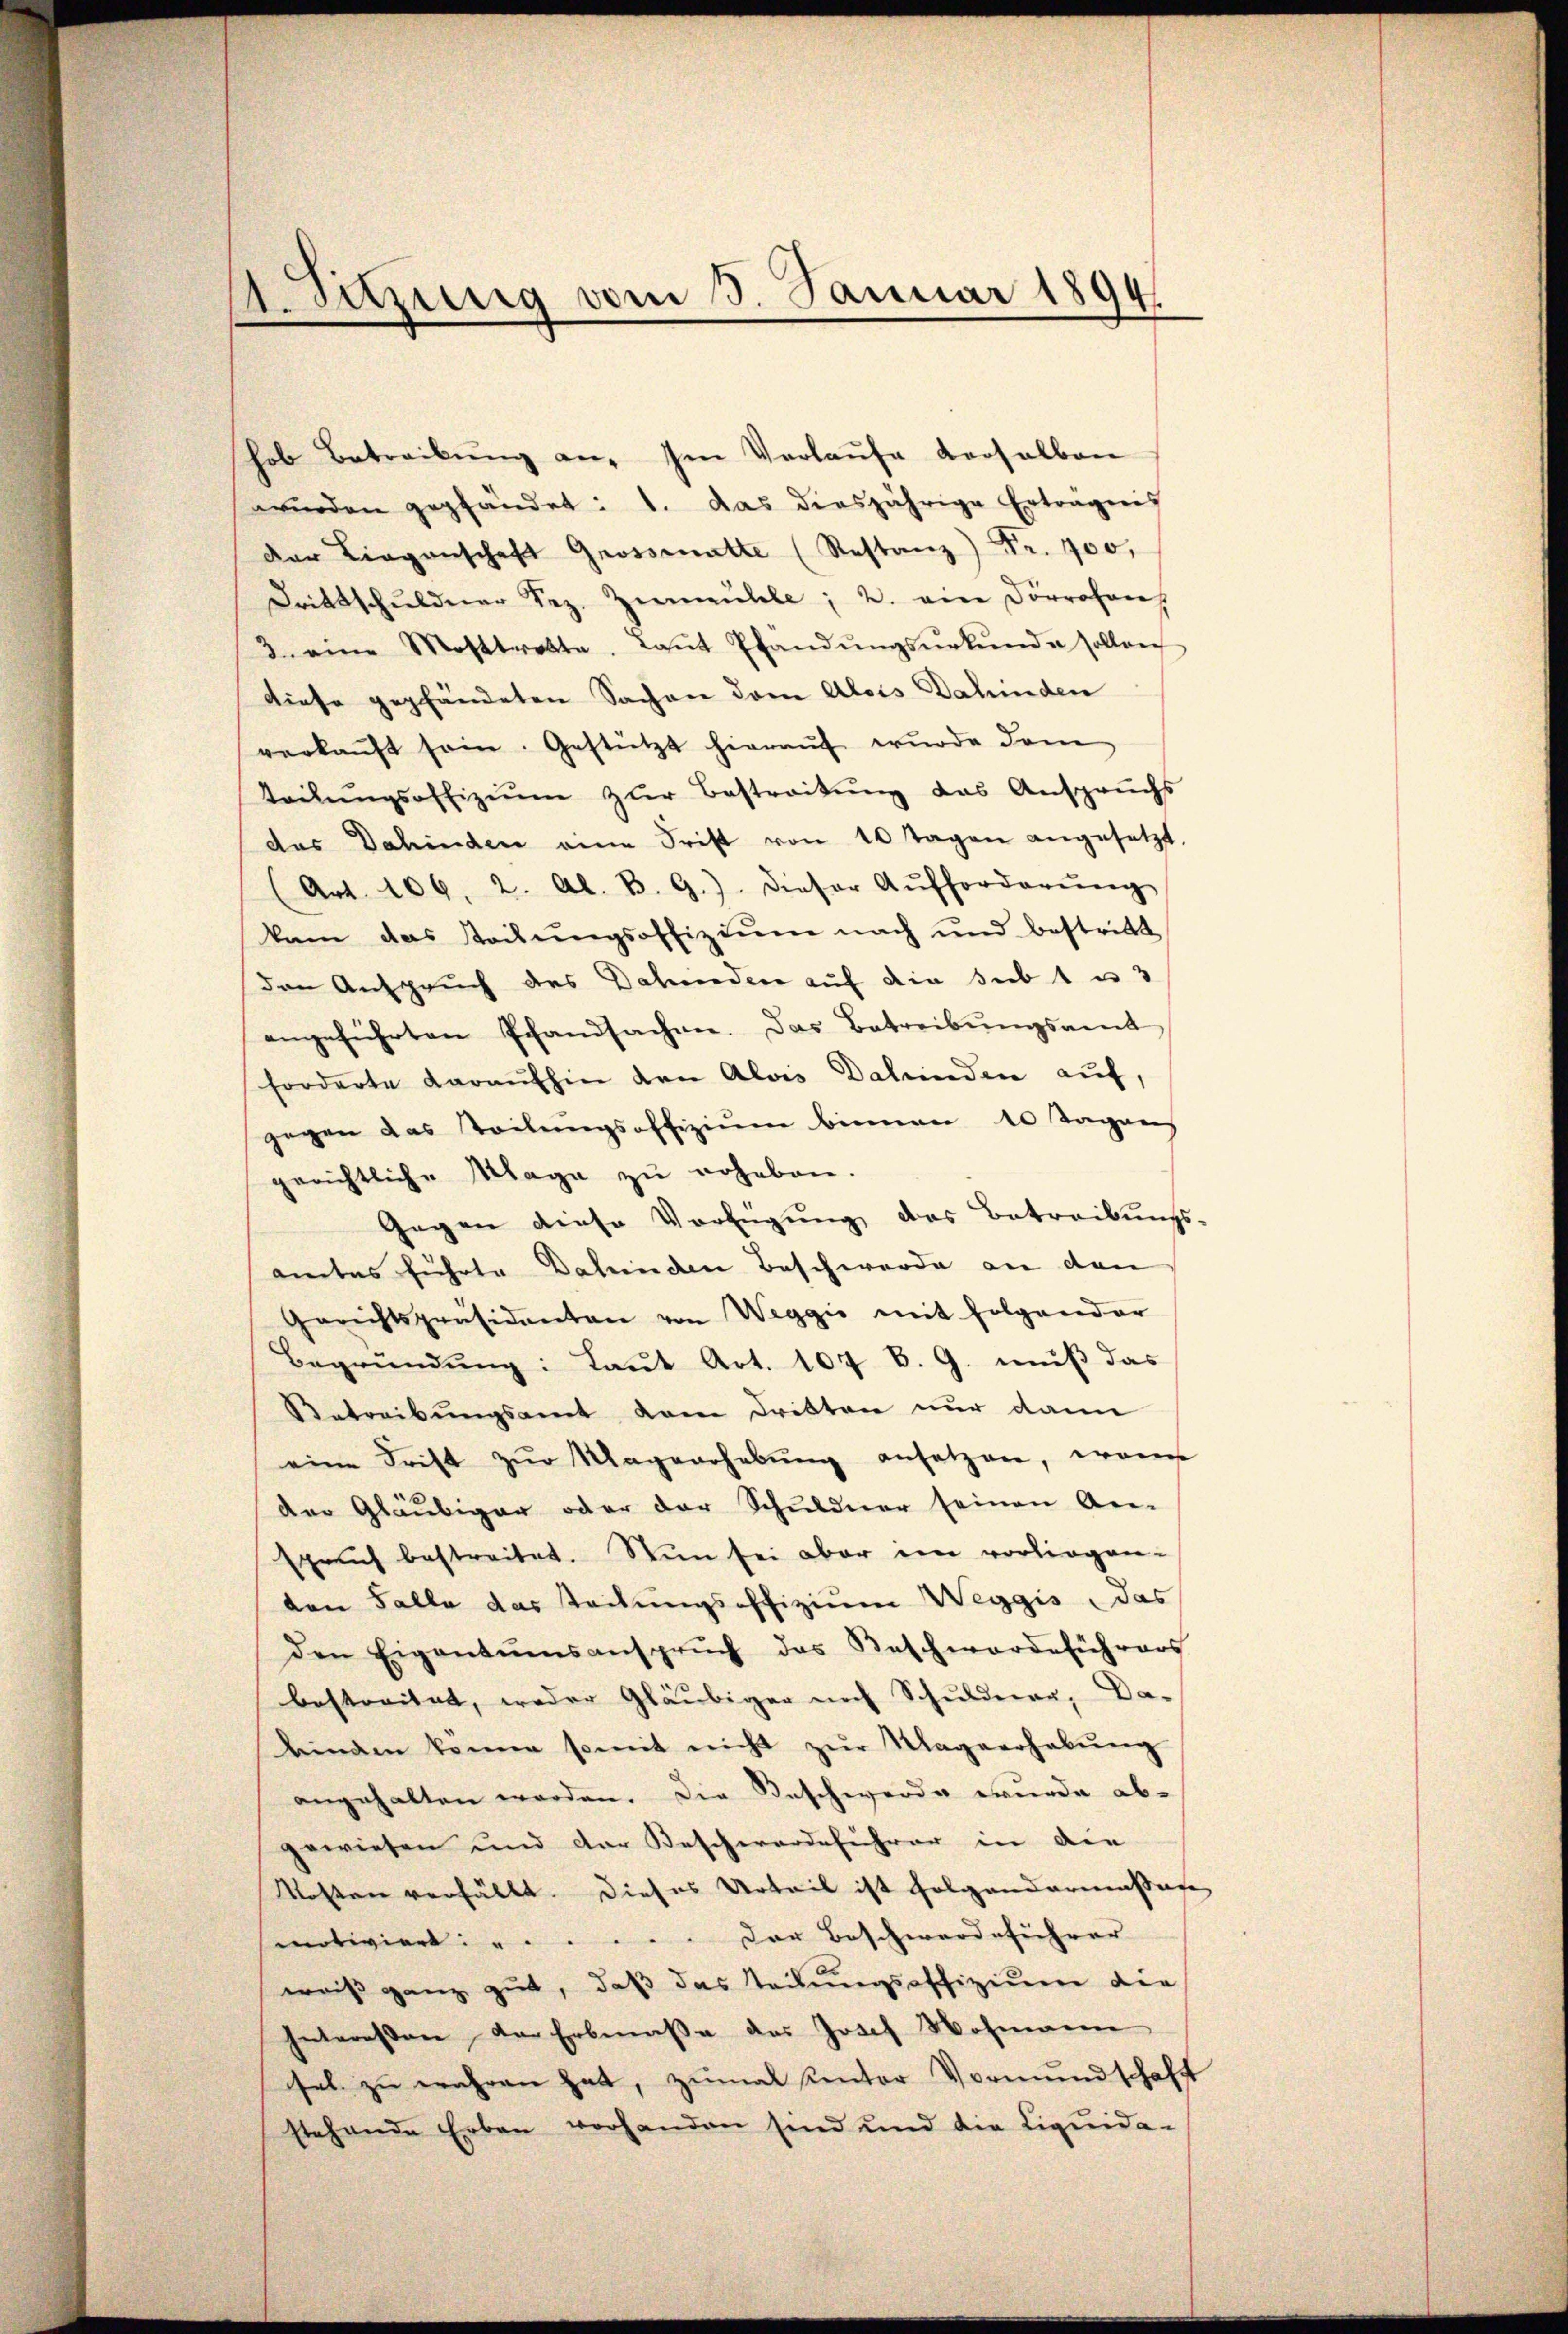
E. sitzung vom 3. Januar 1894.

hob Betreibung an. Im Verlaufe versalben
würden gepfändet: 1. das diesjährige Erträgnis
der Liegenschaft Grossmatte (Restanz Fr. 700,
Drittschŭldner Sez. Zumeuble; 2. ein Dörrosen
3. eine Mosttrette. Laŭt Pfandŭngsŭrkŭnde sollen
diese gepfändeten Sachen dem Alois Dahinden
verkaŭft sein. Gestützt hieraŭf wŭrde dam
teilŭngsoffiziŭm zur Bestreikung das Anspruchs
das Dahinden eine Frist von 10 Tagen angesetzt,
(Art. 106, 2. Al. B. G.). Dieser Aŭfforderŭng
kam das Stachŭngsoffiziŭm nach und bestritt
den Anspruch des Dahenden auf die sub 1 u. 3
angeführten Pfandsachen. Das Betreibŭngsamt
forderte daraufhin den Alois Datenden auf,
gegen das Teilungsoffiziŭm binnen 10 Tagen
gerichtliche Maga zŭ erheben.
Gegen diese Verfügung das Betreibungs-
amtes führte Dahinden Beschwerde an den
Gerichtspräsidenten von Weggio mit folgender
Begründung: Laut Art. 107 B. G. muß das
Betreibungsamt dem Dritten nur dann
eine Trift zur Magverhebung ansetzen, worin
der Gläubiger oder der Schuldner seinen An-
spruch bestreitet. Nun sei aber im vorliegen-
ten Falle das Steckungsoffizium Weggis, das
den Eigentumsansprŭch des Beschwerdeführers
bestreitet, weder Gläubiger noch Schuldner, Da-
linden könne somit nicht zŭr Magverhabŭng
angehalten werden. Die Beschwerde wurde ab-
gewiesen und der Beschwerdeführer in die
Kosten verfällt. Dieses Urteil ist folgendermassige
motiviert: . . . . . . Der Beschwerdeführer
weiß ganz gut, daß das Teilungsoffizium der
Interessen der Erbmasse des Josef Wohmann
sel zŭ wahren hat, zŭmal kentar Vormŭndschaft
stehende Erben vorhanden sind und die Liqŭida-